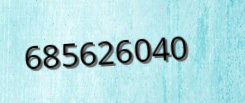
685626040